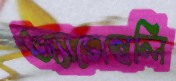
অ্যাসেম্বলি